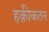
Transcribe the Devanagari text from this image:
हक़ीकतन